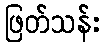
ဖြတ်သန်း